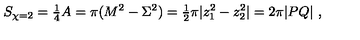
S _ { \chi = 2 } = { \textstyle \frac { 1 } { 4 } } A = \pi ( M ^ { 2 } - \Sigma ^ { 2 } ) = { \textstyle \frac { 1 } { 2 } } \pi | z _ { 1 } ^ { 2 } - z _ { 2 } ^ { 2 } | = 2 \pi | P Q | \ ,